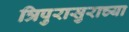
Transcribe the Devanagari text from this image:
त्रिपुरासुराच्या